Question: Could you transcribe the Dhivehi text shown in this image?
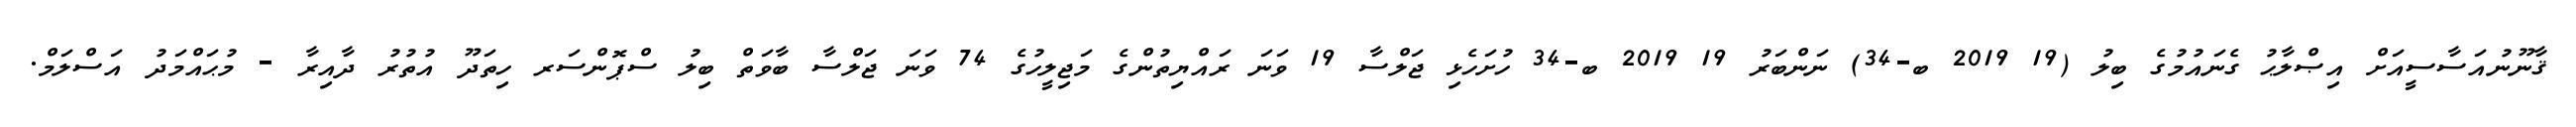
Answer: ޤާނޫނުއަސާސީއަށް އިޞްލާޙު ގެނައުމުގެ ބިލު (19 2019 ބ-34) ނަންބަރު 19 2019 ބ-34 ހުށަހެޅި ޖަލްސާ 19 ވަނަ ރައްޔިތުންގެ މަޖިލީހުގެ 74 ވަނަ ޖަލްސާ ބާވަތް ބިލު ސްޕޮންސަރ ހިތަދޫ އުތުރު ދާއިރާ - މުޙައްމަދު އަސްލަމް.